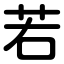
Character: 若